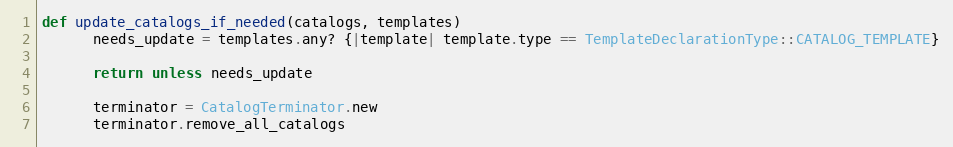
Language: Ruby
def update_catalogs_if_needed(catalogs, templates)
      needs_update = templates.any? {|template| template.type == TemplateDeclarationType::CATALOG_TEMPLATE}

      return unless needs_update

      terminator = CatalogTerminator.new
      terminator.remove_all_catalogs